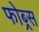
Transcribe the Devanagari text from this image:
फोब्र्स